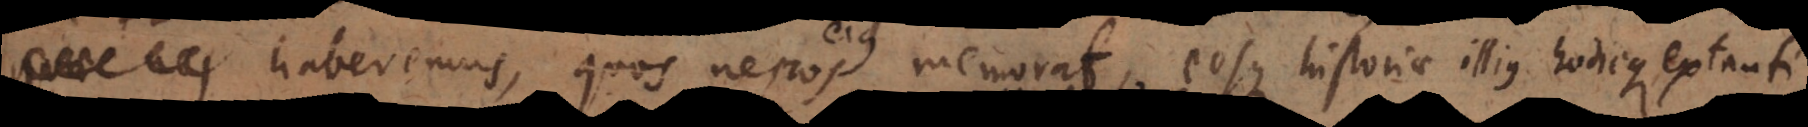
haberemus, quos nepos memorat, eosque historiae illius hodieque ex